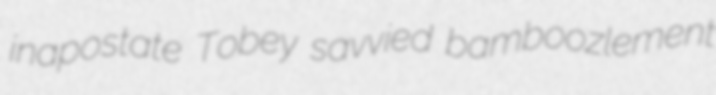
inapostate Tobey savvied bamboozlement